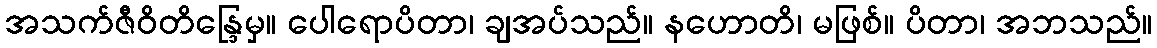
အသက်ဇီဝိတိန္ဒြေမှ။ ပေါရောပိတာ၊ ချအပ်သည်။ နဟောတိ၊ မဖြစ်။ ပိတာ၊ အဘသည်။